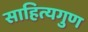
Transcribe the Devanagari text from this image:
साहित्यगुण